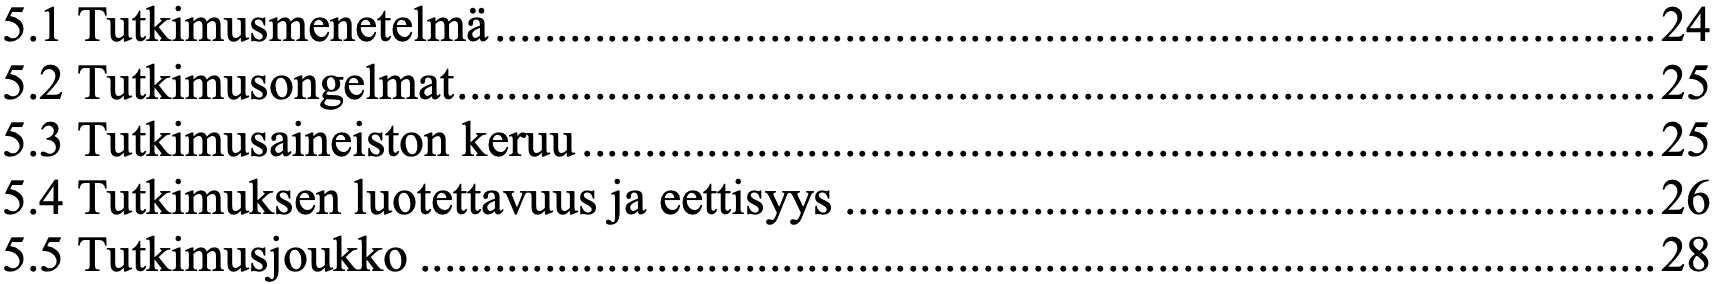
5.1 Tutkimusmenetelmä ............................................................................................. 24 5.2 Tutkimusongelmat ................................................................................................ 25 5.3 Tutkimusaineiston keruu ...................................................................................... 25 5.4 Tutkimuksen luotettavuus ja eettisyys ................................................................. 26 5.5 Tutkimusjoukko ................................................................................................... 28